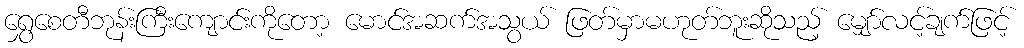
ရွှေစေတီဘုန်းကြီးကျောင်းကိုတော့ မောင်အဆက်အသွယ် ဖြတ်မှာမဟုတ်ဘူးဆိုသည့် မျှော်လင့်ချက်ဖြင့်